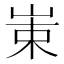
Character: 𱛩